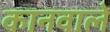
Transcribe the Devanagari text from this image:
कानवाले